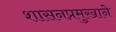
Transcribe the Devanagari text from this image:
शासनप्रमुखाने